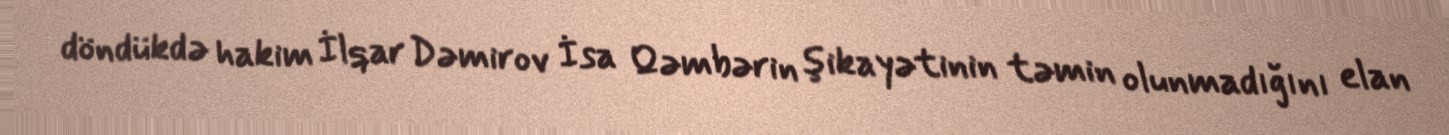
döndükdə hakim İlqar Dəmirov İsa Qəmbərin şikayətinin təmin olunmadığını elan